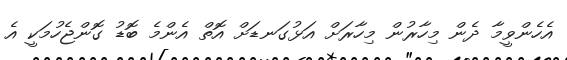
އެހެންވީމާ ދެން މިހާރުން މިހާރަށް އަޅުގަނޑަށް އޮތް އެންމެ ބޮޑު ގޮންޖެހުމަކީ އެ